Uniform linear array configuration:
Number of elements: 48
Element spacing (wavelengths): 0.25
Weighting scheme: hann
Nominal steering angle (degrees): -45
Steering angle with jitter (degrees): -44.35
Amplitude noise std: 0.05
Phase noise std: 0.05

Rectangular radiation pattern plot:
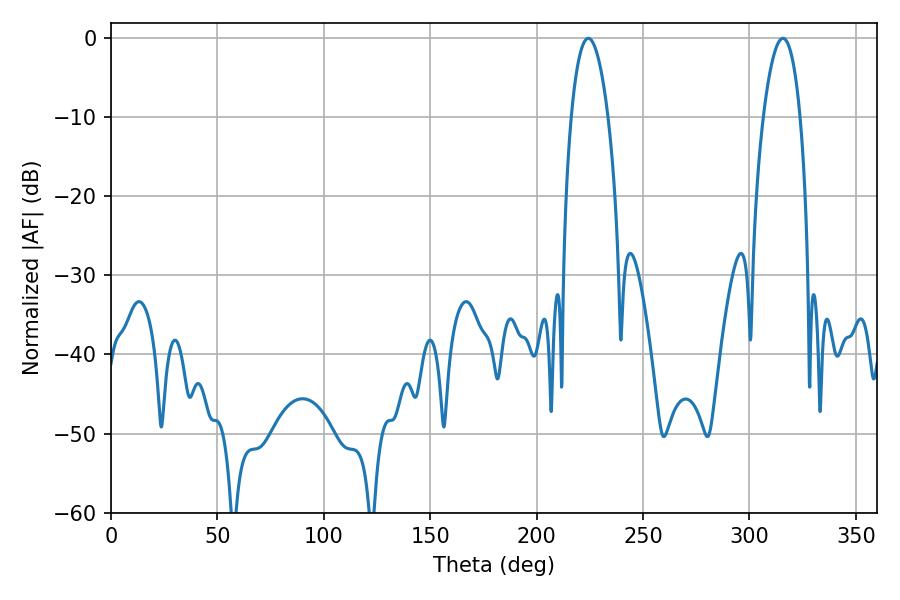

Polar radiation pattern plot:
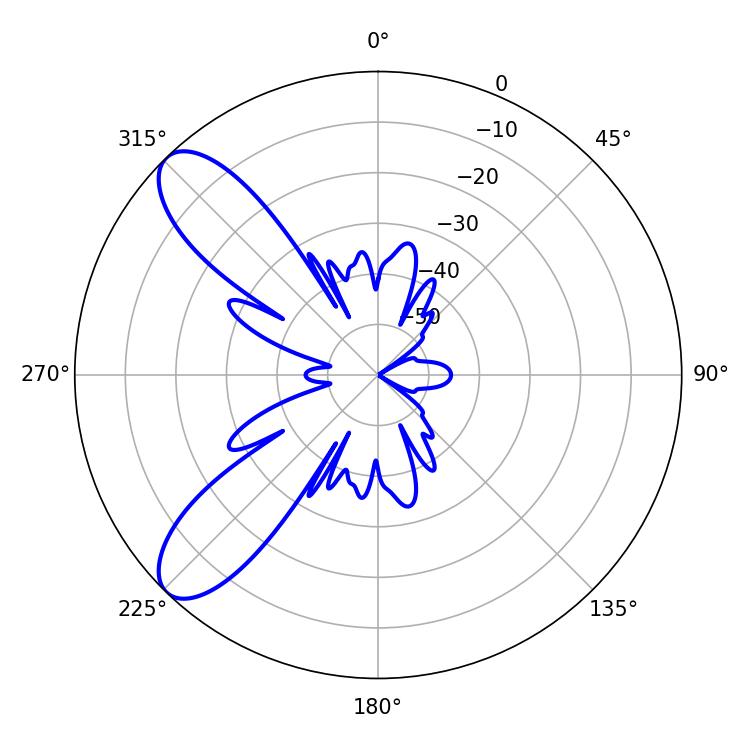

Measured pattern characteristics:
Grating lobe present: FALSE
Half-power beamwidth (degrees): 9.72
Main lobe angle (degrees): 224.28